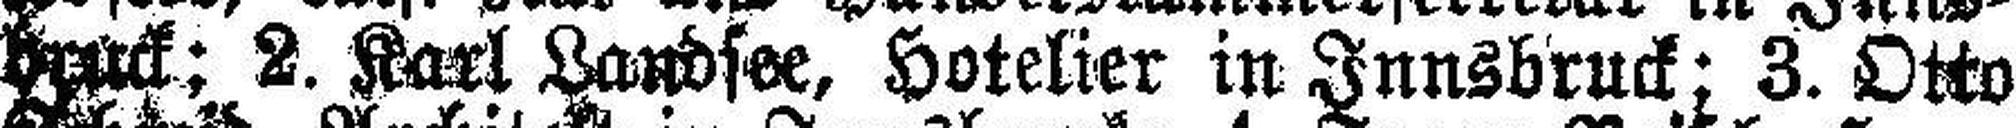
bruck; 2. Karl Landsee, Hotelier in Innsbruck; 3. Otto